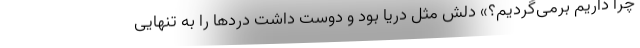
چرا داریم برمی‌گردیم؟» دلش مثل دریا بود و دوست داشت دردها را به تنهایی